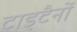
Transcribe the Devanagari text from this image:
टाइटैनों